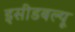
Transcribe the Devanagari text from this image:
इसीडबल्यू